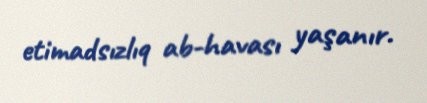
etimadsızlıq ab-havası yaşanır.